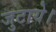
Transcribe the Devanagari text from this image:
जुटाये।